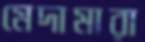
মেদামারা